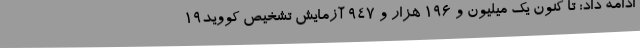
ادامه داد: تا کنون یک میلیون و 196 هزار و 947 آزمایش تشخیص کووید19